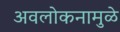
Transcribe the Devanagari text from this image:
अवलोकनामुळे